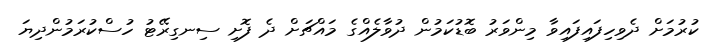
ކުރުމަށް ދެވިހިފައިފައިވާ މިންވަރު ބޮޑުކަމުން ދުވާލެއްގެ މައްޗަށް ދެ ފޮށި ސިނގިރޭޓު ހުސްކުރަމުންދިޔަ